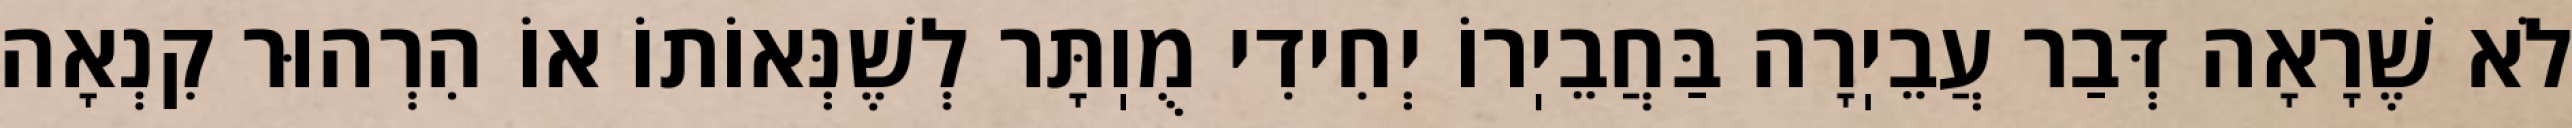
לֹא שֶׁרָאָה דְּבַר עֲבֵיֽרָה בַּחֲבֵיֽרוֹ יְחִידִי מֻוֽתָּר לְשֶׁנְּאוֹתוֹ אוֹ הִרְהוּר קִנְאָה